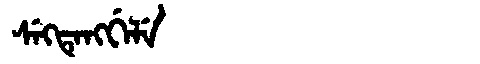
Manchu: ᠰᡝᡴᡨᡝᠩᡤᡝᠯᡝ
Romanization: SEKTENGGELE